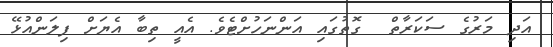
އަދި މަރުގެ ސަކަރާތް  ގޮތުގައި އަންނަހުށްޓެވެ. އެއީ ތިބާ އެޔަށް ފިލަންއުޅޭ